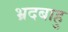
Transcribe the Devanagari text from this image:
भ्रदबाहु